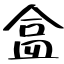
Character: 盒